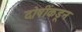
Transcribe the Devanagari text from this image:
दोषींकडून